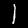
Digit: 1